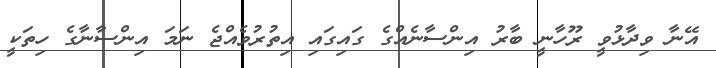
އޭނާ ވިދާޅުވީ ރޫހާނީ ބާރު އިންސާނެއްގެ ގައިގައި އިތުރުވެއްޖެ ނަމަ އިންސާނާގެ ހިތަކީ